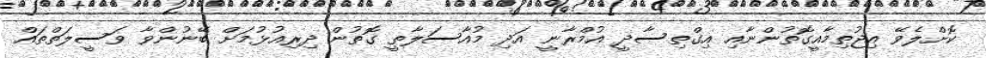
ކޮށްލެވޭ އިޖުތިމާއީގޮތުންނާއި އިގްތިސާދީ އުމްރާނީ އަދި މުއާސަލާތީ ގޮތުން ދިރިއުޅުމަށް ބޭނުންވާ ވަސީލަތްތައް